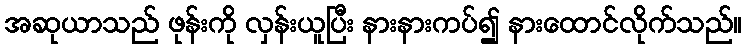
အဆုယာသည် ဖုန်းကို လှန်းယူပြီး နားနားကပ်၍ နားထောင်လိုက်သည်။